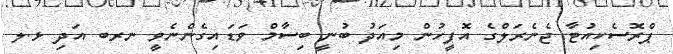
ޕްރޮސެކިއުޓާ ޖެނެރަލްގެ އޮފީހުން މިއަދު ބުނީ ބިސާމް ވަޑައިގެންނެވީ ނރބ އަދި ޅ.ލ